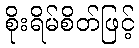
စိုးရိမ်စိတ်ဖြင့်